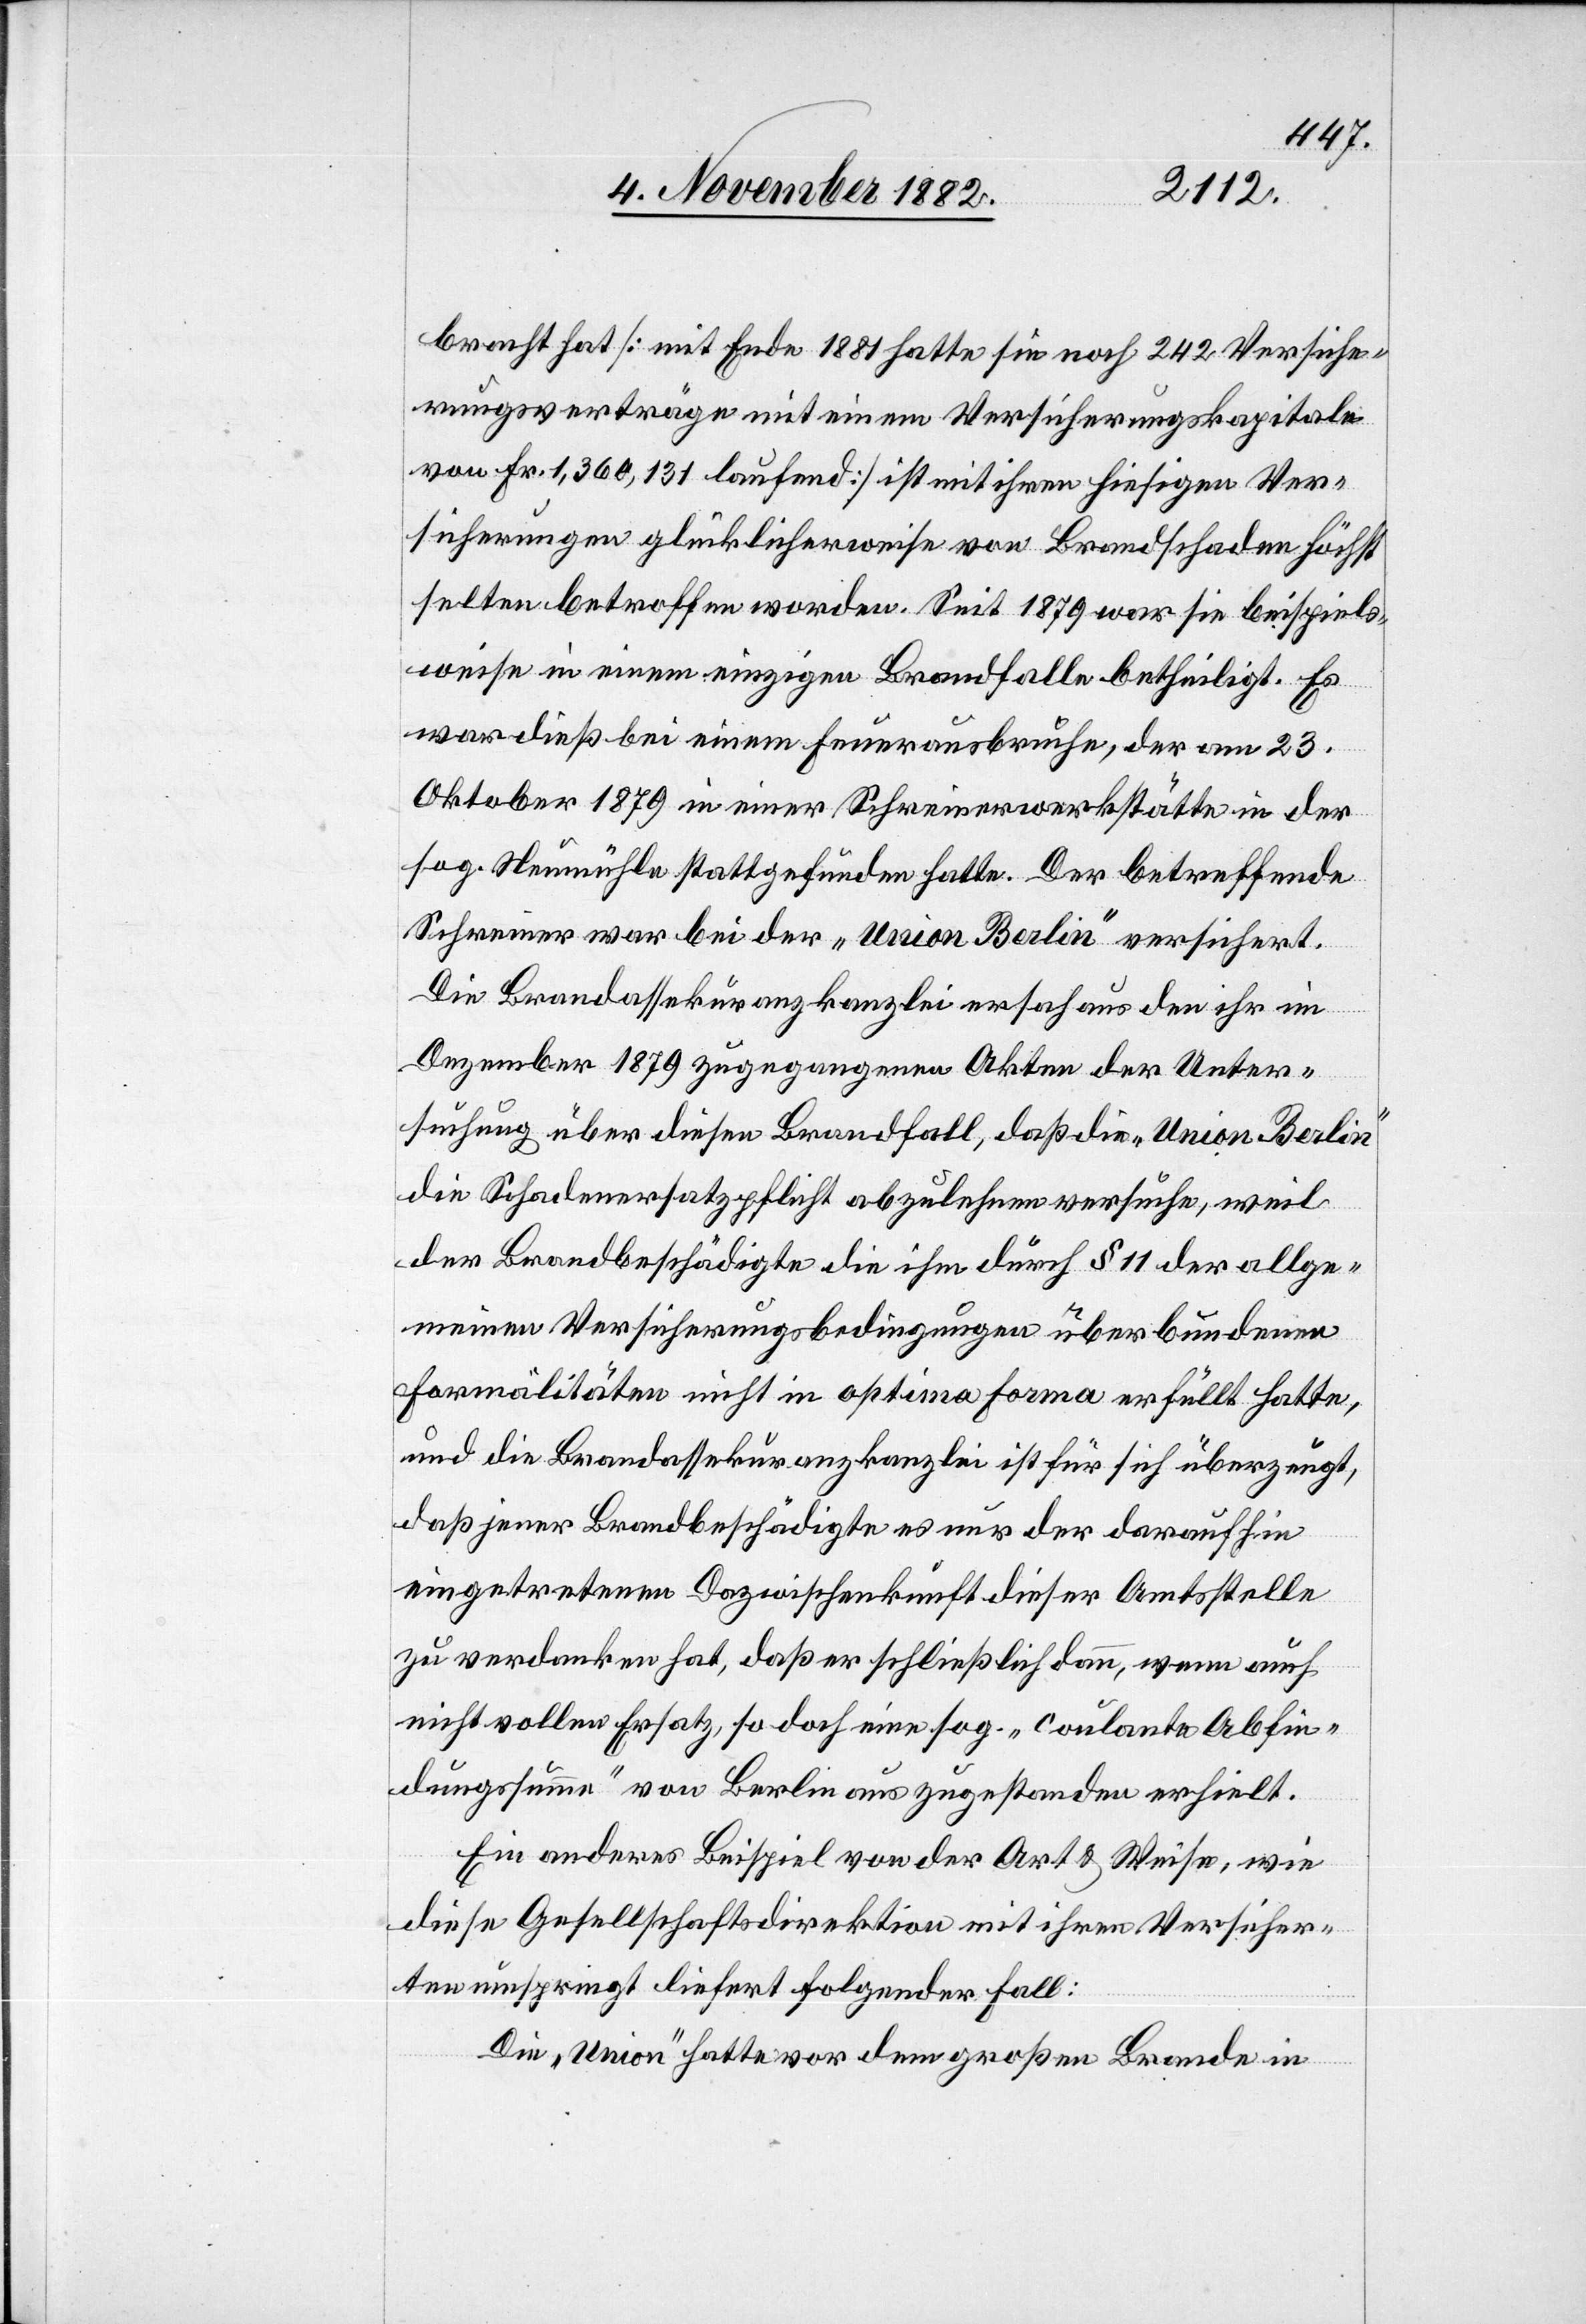
bracht hat [Mit Ende 1881 hatte sie noch 242 Versiche¬
rungsverträge mit einem Versicherungskapitale
von Fr. 1,360,131 laufend] ist mit ihren hiesigen Ver¬
sicherungen glücklicherweise von Brandschaden höchst
selten betroffen worden. Seit 1879 war sie beispiels¬
weise in einem einzigen Brandfalle betheiligt. Es
war dieß bei einem Feuerausbruche, der am 23.
Oktober 1879 in einer Schreinerwerkstätte in der
sog. Neumühle stattgefunden hatte. Der betreffende
Schreiner war bei der „Union Berlin“ versichert.
Die Brandassekuranzkanzlei ersah aus den ihr im
Dezember 1879 zugegangenen Akten der Unter¬
suchung über diesen Brandfall, daß die „Union Berlin“
die Schadenersatzpflicht abzulehnen versuche, weil
der Brandbeschädigte die ihm durch § 11 der allge¬
meinen Versicherungsbedingungen überbundenen
Formälitäten [sic!] nicht in optima forma erfüllt hatte,
und die Brandassekuranzkanzlei ist für sich überzeugt,
daß jener Brandbeschädigte es nur der daraufhin
eingetretenen Dazwischenkunft dieser Amtsstelle
zu verdanken hat, daß er schließlich dann, wenn auch
nicht vollen Ersatz, so doch eine sog. „coulante Abfin¬
dungssumme“ von Berlin aus zugestanden erhielt.
Ein anderes Beispiel von der Art & Weise, wie
diese Gesellschaftsdirektion mit ihren Versicher¬
ten umspringt liefert folgender Fall:
Die „Union“ hatte vor dem großen Brande in